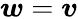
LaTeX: \boldsymbol{w}=\boldsymbol{v}